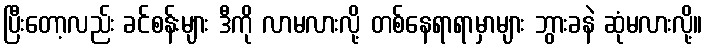
ပြီးတော့လည်း ခင်စန်းများ ဒီကို လာမလားလို့ တစ်နေရာရာမှာများ ဘွားခနဲ ဆုံမလားလို့။